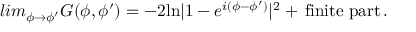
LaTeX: l i m _ { \phi \to \phi ^ { \prime } } G ( \phi , \phi ^ { \prime } ) = - 2 \mathrm { l n } | 1 - e ^ { i ( \phi - \phi ^ { \prime } ) } | ^ { 2 } + \, \mathrm { f i n i t e ~ p a r t } \, .